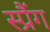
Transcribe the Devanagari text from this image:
स्प्रैंग